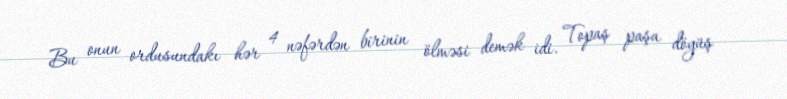
Bu onun ordusundakı hər 4 nəfərdən birinin ölməsi demək idi. Topaş paşa döyüş